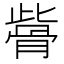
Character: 𩨱